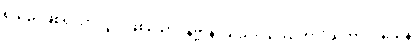
ရှိသည်ဖြစ်၍သာလျှင် ဖြစ်သော။ နိဗ္ဗာနံ၊ သည်။ သဿတာဒိသဘာဝဝသေန၊